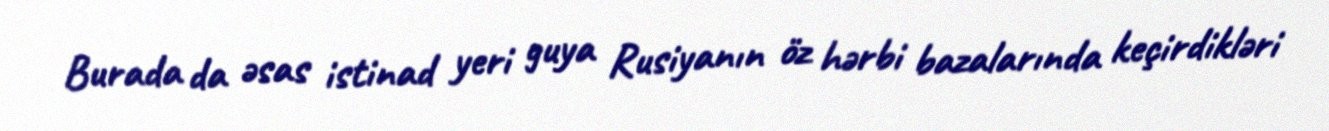
Burada da əsas istinad yeri guya Rusiyanın öz hərbi bazalarında keçirdikləri